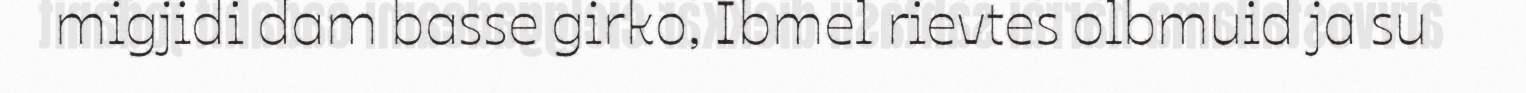
migjidi dam basse girko, Ibmel rievtes olbmuid ja su